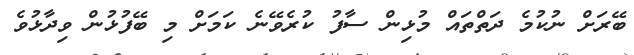
ބޭރަށް ނުކުމެ ދަތްތައް މުޅިން ސާފު ކުރެވޭނެ ކަމަށް މި ބޭފުޅުން ވިދާޅުވެ